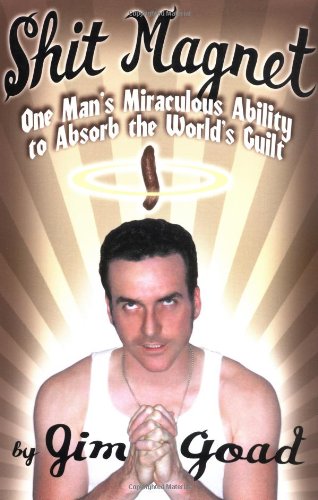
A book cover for Shit Magnet: One Man's Miraculous Ability to Absorb the World's Guilt; Jim Goad; Humor & Entertainment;